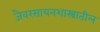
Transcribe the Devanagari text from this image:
जैवरसायनशास्त्रातील